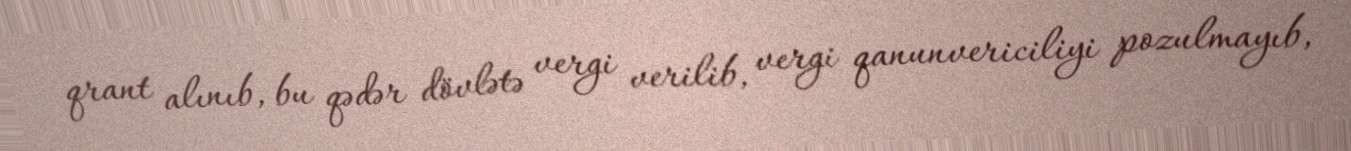
qrant alınıb, bu qədər dövlətə vergi verilib, vergi qanunvericiliyi pozulmayıb,